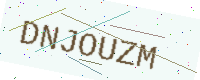
Text: DNJOUZM